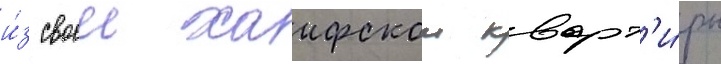
и́з своеи хаифскои кварт'и́ры